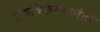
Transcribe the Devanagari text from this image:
एकत्रिकरणानंतर